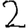
Digit: 2